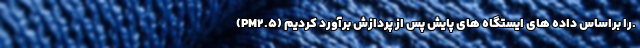
(PM2.5) را براساس داده های ایستگاه های پایش پس از پردازش برآورد کردیم.